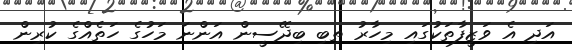
އަދި އެ ވަޒީފާތަކުގައި މިހާރު ތިބި ބިދޭސީން އަންނަ މަހުގެ ހަތެއްގެ ކުރިން